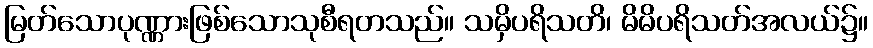
မြတ်သောပုဏ္ဏားဖြစ်သောသုစီရတသည်။ သမှိပရိသတိ၊ မိမိပရိသတ်အလယ်၌။